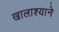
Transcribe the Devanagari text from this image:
खालाश्याने